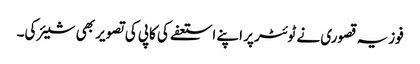
فوزیہ قصوری نے ٹوئٹر پر اپنے استعفے کی کاپی کی تصویر بھی شیئر کی۔